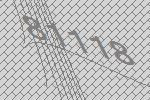
81118